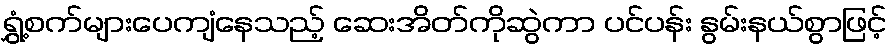
ရွှံ့စက်များပေကျံနေသည့် ဆေးအိတ်ကိုဆွဲကာ ပင်ပန်း နွမ်းနယ်စွာဖြင့်